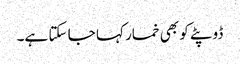
ڈوپٹے کو بھی خمار کہا جا سکتا ہے۔